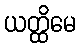
ယတ္ထိမေ